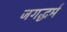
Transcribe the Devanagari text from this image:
जगद्धर्म